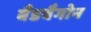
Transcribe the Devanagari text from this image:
बैडवैगोन